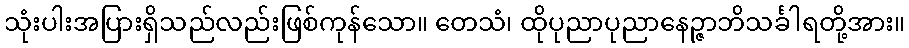
သုံးပါးအပြားရှိသည်လည်းဖြစ်ကုန်သော။ တေသံ၊ ထိုပုညာပုညာနေဉ္ဇာဘိသင်္ခါရတို့အား။